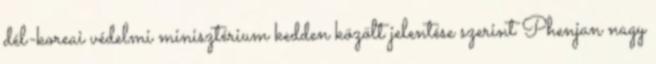
dél-koreai védelmi minisztérium kedden közölt jelentése szerint Phenjan nagy